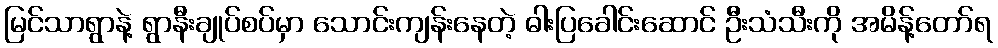
မြင်သာရွာနဲ့ ရွာနီးချုပ်စပ်မှာ သောင်းကျန်းနေတဲ့ ဓါးပြခေါင်းဆောင် ဦးသံသီးကို အမိန့်တော်ရ